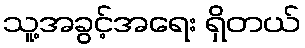
သူ့အခွင့်အရေး ရှိတယ်